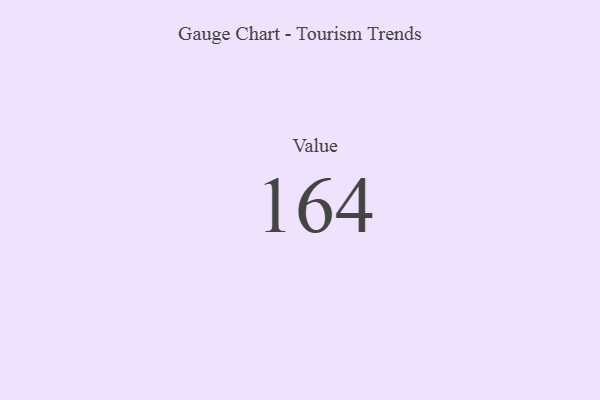
{"axis": {"x": "Metric", "y": "Value"}, "legend": [""], "data": [{"x": "Value", "y": 164, "type": ""}]}